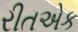
રીતએક